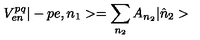
V _ { e n } ^ { p q } | - p e , n _ { 1 } > = \sum _ { n _ { 2 } } A _ { n _ { 2 } } | \hat { n } _ { 2 } >